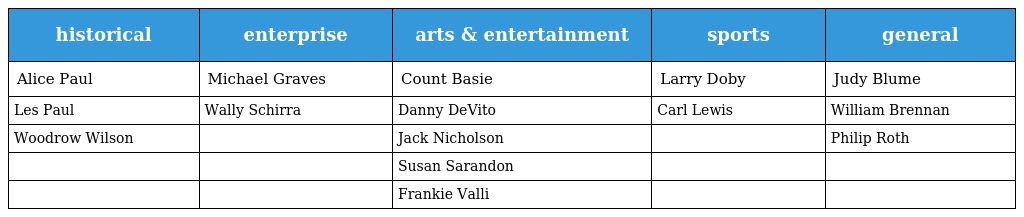
| historical | enterprise | arts & entertainment | sports | general |
 | --- | --- | --- | --- | --- |
 | Alice Paul | Michael Graves | Count Basie | Larry Doby | Judy Blume |
 | Les Paul | Wally Schirra | Danny DeVito | Carl Lewis | William Brennan |
 | Woodrow Wilson |  | Jack Nicholson |  | Philip Roth |
 |  |  | Susan Sarandon |  |  |
 |  |  | Frankie Valli |  |  |